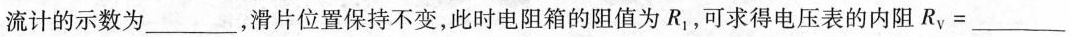
流计的示数为___，滑片位置保持不变，此时电阻箱的阻值为R_{1}，可求得电压表的内阻R_{v}=___